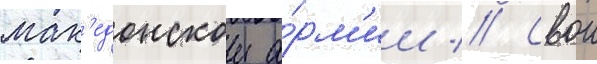
мак'едонскои а́рм'ии // Свои